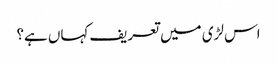
اس لڑی میں تعریف کہاں ہے؟